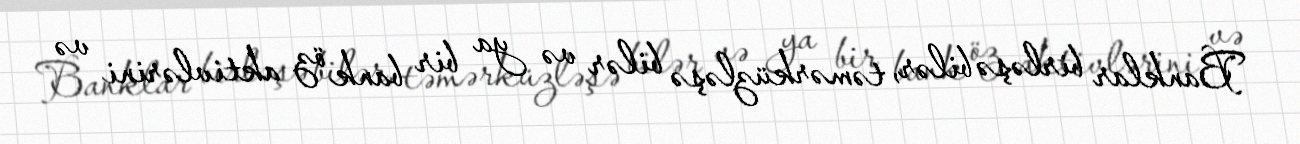
Banklar birləşə bilər, təmərküzləşə bilər və ya bir bank öz aktivlərini və